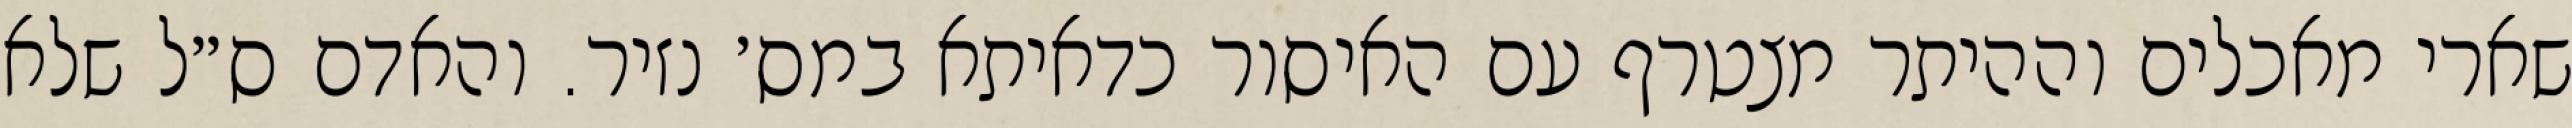
שארי מאכלים וההיתר מצטרף עם האיסור כדאיתא במס׳ נזיר. והאדם ס״ל שלא